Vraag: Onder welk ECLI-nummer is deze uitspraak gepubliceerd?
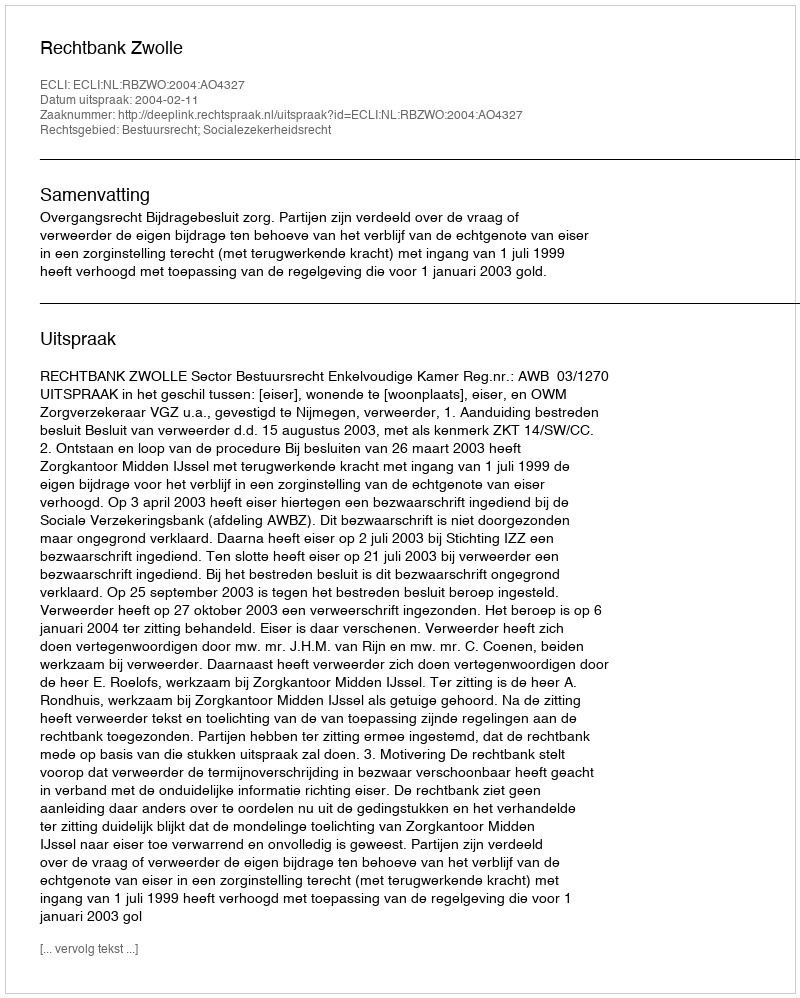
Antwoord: ECLI:NL:RBZWO:2004:AO4327